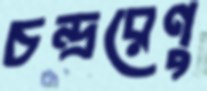
চন্দ্ররেণু